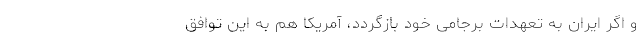
و اگر ایران به تعهدات برجامی خود بازگردد، آمریکا هم به این توافق